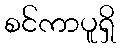
စင်ကာပူရှိ